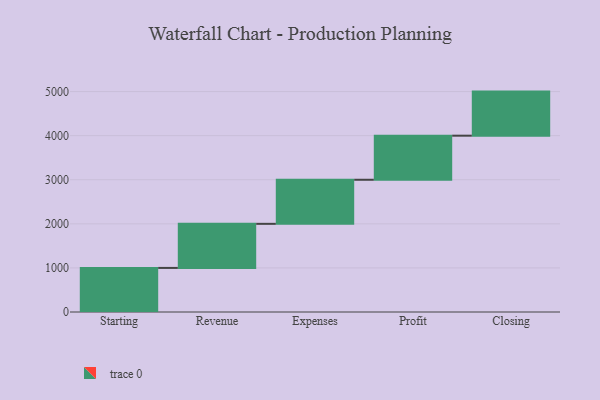
{"axis": {"x": "Step", "y": "Value"}, "legend": [""], "data": [{"x": "Starting", "y": 1000, "type": ""}, {"x": "Revenue", "y": 1000, "type": ""}, {"x": "Expenses", "y": 1000, "type": ""}, {"x": "Profit", "y": 1000, "type": ""}, {"x": "Closing", "y": 1000, "type": ""}]}